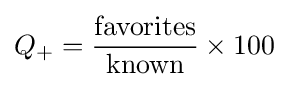
Q_{+}={\frac {\text{favorites}}{\text{known}}}\times 100